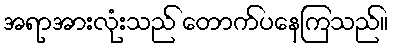
အရာအားလုံးသည် တောက်ပနေကြသည်။